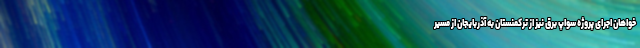
خواهان اجرای پروژه سواپ برق نیز از ترکمنستان به آذربایجان از مسیر